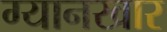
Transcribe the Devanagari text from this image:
ग्यानखार